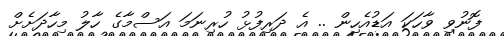
ފޮނުވި ވާހަކަ އަޑުއެހިން .. އެ ދަރިފުޅު ހުރިނަމަ އަސްމާގެ ހާލު މިހާދަށެށް